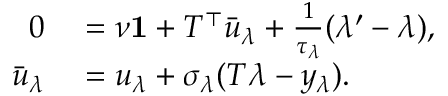
\begin{array} { r l } { 0 } & { { } = \nu \mathbf { 1 } + T ^ { \top } \bar { u } _ { \lambda } + \frac { 1 } { \tau _ { \lambda } } ( \lambda ^ { \prime } - \lambda ) , } \\ { \bar { u } _ { \lambda } } & { { } = u _ { \lambda } + \sigma _ { \lambda } ( T \lambda - y _ { \lambda } ) . } \end{array}